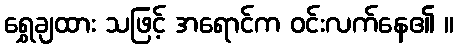
ရွှေချထား သဖြင့် အရောင်က ဝင်းလက်နေ၏ ။